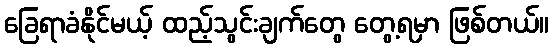
ခြေရာခံနိုင်မယ့် ထည့်သွင်းချက်တွေ တွေ့ရမှာ ဖြစ်တယ်။